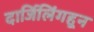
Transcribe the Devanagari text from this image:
दार्जिलिंगहून